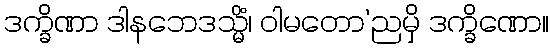
ဒက္ခိဏာ ဒါနဘေဒသ္မိံ၊ ဝါမတော’ညမှိ ဒက္ခိဏော။